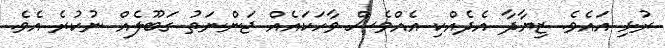
ރުޅި އައެވެ. ޒިޔާދާ އެދެއްކި އެއްވެސް ވާހަކައެއް ޖަންނަތު ގަބޫލެއް ނުކުރެ އެވެ.